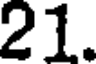
21.